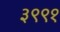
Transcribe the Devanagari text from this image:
३९९१